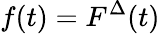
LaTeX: f(t)=F^{\Delta}(t)